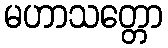
မဟာသတ္တော